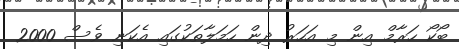
ބޯކޯ ހަރާމް އިން މި އަހަރު ދިން ހަމަލާތަކުގައި އެކަނި ވެސް 2000